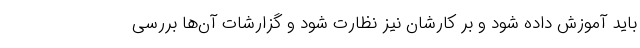
باید آموزش داده شود و بر کارشان نیز نظارت شود و گزارشات آن‌ها بررسی